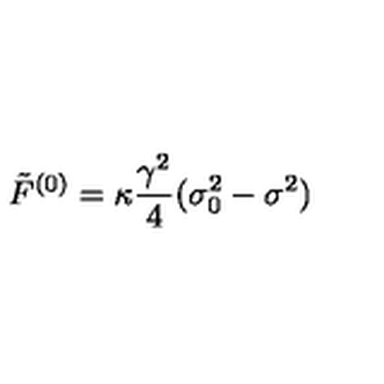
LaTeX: \tilde { F } ^ { ( 0 ) } = \kappa \frac { \gamma ^ { 2 } } { 4 } ( \sigma _ { 0 } ^ { 2 } - \sigma ^ { 2 } )